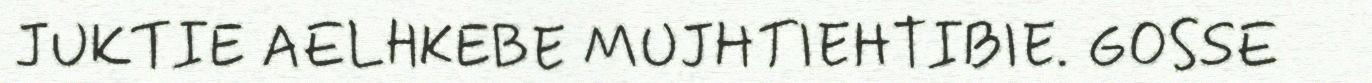
JUKTIE AELHKEBE MUJHTIEHTIBIE. GOSSE